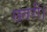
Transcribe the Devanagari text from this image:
छतरी।